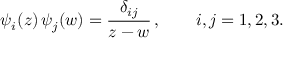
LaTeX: \psi _ { i } ( z ) \, \psi _ { j } ( w ) = \frac { \delta _ { i j } } { z - w } \, , \qquad i , j = 1 , 2 , 3 .